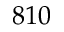
8 1 0